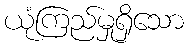
ယုံကြည်မှုရှိသော